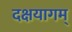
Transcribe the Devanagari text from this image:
दक्षयागम्